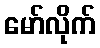
မော်လိုက်